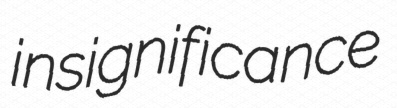
insignificance